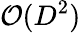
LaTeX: \mathcal{O}(D^{2})